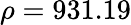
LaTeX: \rho=931.19